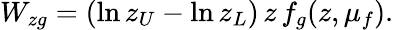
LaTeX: W_{zg}=(\ln z_{U}-\ln z_{L})\, z\, f_{g}(z,\mu_{f}).